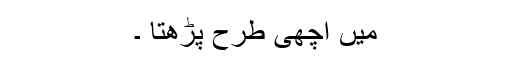
میں اچھی طرح پڑھتا ۔